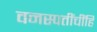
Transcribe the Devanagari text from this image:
वनस्पतींचींहि